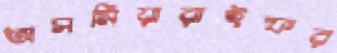
অসমিয়ারাইফর